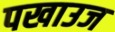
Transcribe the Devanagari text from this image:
पखाउज